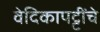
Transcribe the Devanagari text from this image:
वेदिकापट्टींचे